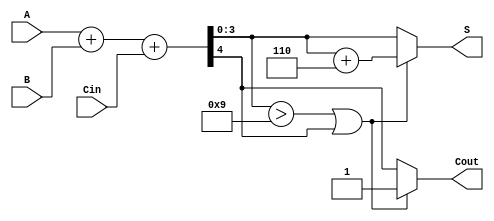
module BCD_Parallel_Adder (
    input [3:0] A,     // First BCD digit
    input [3:0] B,     // Second BCD digit
    input Cin,         // Carry input
    output reg [3:0] S, // BCD sum output
    output reg Cout     // Carry output
);

    wire [4:0] Sum;    // 5-bit sum for A + B + Cin
    wire correction;    // Correction flag

    // Binary addition of A, B and Cin
    assign Sum = A + B + Cin;

    // Determine if correction is needed
    assign correction = (Sum[3:0] > 4'b1001) || Sum[4];

    always @(*) begin
        if (correction) begin
            S = Sum[3:0] + 4'b0110; // Add 6 for correction
            Cout = 1'b1;            // Set carry out
        end else begin
            S = Sum[3:0];           // No correction needed
            Cout = Sum[4];         // Carry out reflects the binary addition
        end
    end

endmodule